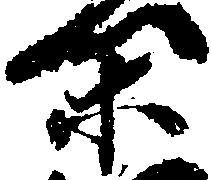
閑